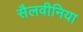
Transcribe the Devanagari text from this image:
सैलवीनिया